Report of veterinary surgeon J.H. Steel, A.V.D., on his investigation into an obscure and fatal disease among transport mules in British Burma
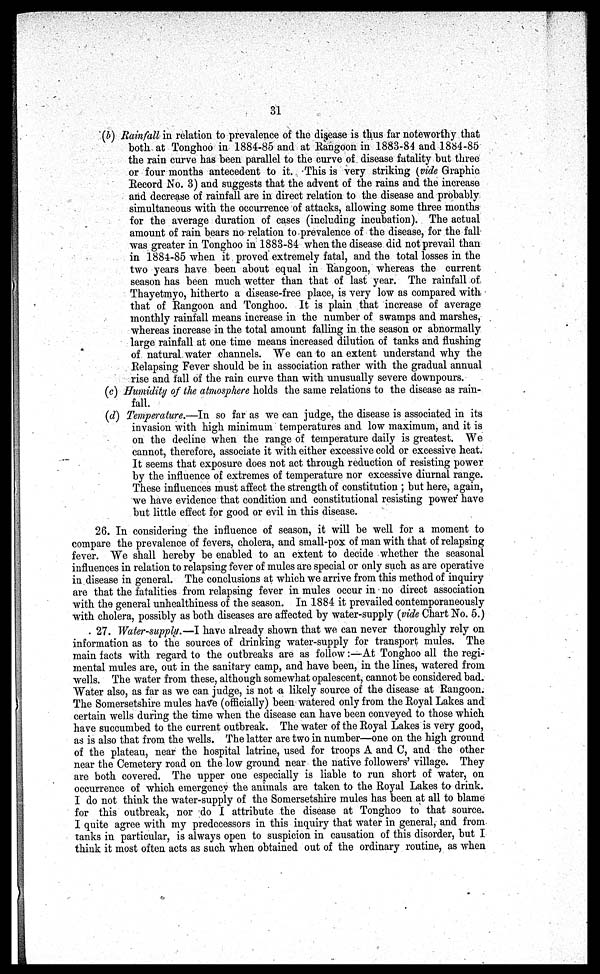
31
(b) Rainfall in relation to prevalence of the disease is thus far noteworthy that
both at Tonghoo in 1884-85 and at Rangoon in 1883-84 and 1884-85
the rain curve has been parallel to the curve of disease fatality but three
or four months antecedent to it. This is very striking {vide Graphic
Record No. 3) and suggests that the advent of the rains and the increase
and decrease of rainfall are in direct relation to the disease and probably
simultaneous with the occurrence of attacks, allowing some three months
for the average duration of cases (including incubation). The actual
amount of rain bears no relation to prevalence of the disease, for the fall
was greater in Tonghoo in 1883-84 when the disease did not prevail than
in 1884-85 when it proved extremely fatal, and the total losses in the
two years have been about equal in Rangoon, whereas the current
season has been much wetter than that of last year. The rainfall of
Thayetmyo, hitherto a disease-free place, is very low as compared with
that of Rangoon and Tonghoo. It is plain that increase of average
monthly rainfall means increase in the number of swamps and marshes,
whereas increase in the total amount falling in the season or abnormally
large rainfall at one time means increased dilution of tanks and flushing
of natural water channels. We can to an extent understand why the
Relapsing Fever should be in association rather with the gradual annual
rise and fall of the rain curve than with unusually severe downpours.
(c) Humidity of the atmosphere holds the same relations to the disease as rain-
fall.
(d) Temperature.—In so far as we can judge, the disease is associated in its
invasion with high minimum temperatures and low maximum, and it is
on the decline when the range of temperature daily is greatest. We
cannot, therefore, associate it with either excessive cold or excessive heat.
It seems that exposure does not act through reduction of resisting power
by the influence of extremes of temperature nor excessive diurnal range.
These influences must affect the strength of constitution ; but here, again,
we have evidence that condition and constitutional resisting power have
but little effect for good or evil in this disease.
26. In considering the influence of season, it will be well for a moment to
compare the prevalence of fevers, cholera, and small-pox of man with that of relapsing
fever. We shall hereby be enabled to an extent to decide whether the seasonal
influences in relation to relapsing fever of mules are special or only such as are operative
in disease in general. The conclusions at which we arrive from this method of inquiry
are that the fatalities from relapsing fever in mules occur in no direct association
with the general unhealthiness of the season. In 1884 it prevailed contemporaneously
with cholera, possibly as both diseases are affected by water-supply {vide Chart No. 5.)
27. Water-supply.—I have already shown that we can never thoroughly rely on
information as to the sources of drinking water-supply for transport mules. The
main facts with regard to the outbreaks are as follow:—At Tonghoo all the regi-
mental mules are, out in the sanitary camp, and have been, in the lines, watered from
wells. The water from these, although somewhat opalescent, cannot be considered bad.
Water also, as far as we can judge, is not a likely source of the disease at Rangoon.
The Somersetshire mules have (officially) been watered only from the Royal Lakes and
certain wells during the time when the disease can have been conveyed to those which
have succumbed to the current outbreak. The water of the Royal Lakes is very good,
as is also that from the wells. The latter are two in number—one on the high ground
of the plateau, near the hospital latrine, used for troops A and C, and the other
near the Cemetery road on the low ground near the native followers' village. They
are both covered. The upper one especially is liable to run short of water, on
occurrence of which emergency the animals are taken to the Royal Lakes to drink.
I do not think the water-supply of the Somersetshire mules has been at all to blame
for this outbreak, nor do I attribute the disease at Tonghoo to that source.
I quite agree with my predecessors in this inquiry that water in general, and from
tanks in particular, is always open to suspicion in causation of this disorder, but I
think it most often acts as such when obtained out of the ordinary routine, as when